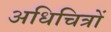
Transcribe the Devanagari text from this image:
अधिचित्रों